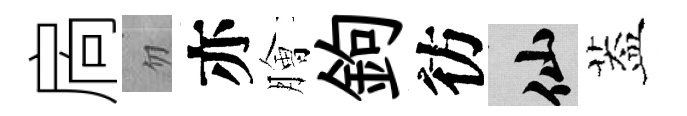
扄忽亦膾鉤彷仙葢